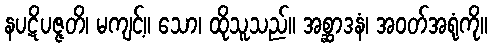
နပဋိပဇ္ဇတိ၊ မကျင့်။ သော၊ ထိုသူသည်။ အစ္ဆာဒနံ၊ အဝတ်အရုံကို။